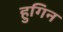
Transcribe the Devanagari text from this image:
हुगिन